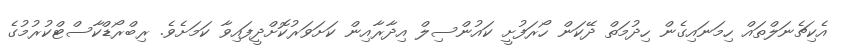
އެކިޗެނަލްތައް ހިމަނައިގެން ހިދުމަތް ދޭކަން ހޯރަފުށީ ކައުންސިލް އިދާރާއިން ކަށަވަރުކޮށްދީފައިވާ ކަމަށެވެ. ރިބްރޯޑްކާސްޓްކުރުމުގެ